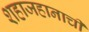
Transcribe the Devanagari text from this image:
शहाजहानाची